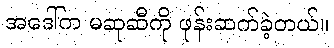
အဒေါ်က မဆုဆီကို ဖုန်းဆက်ခဲ့တယ်။